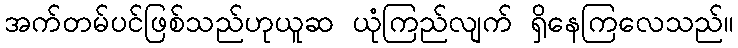
အက်တမ်ပင်ဖြစ်သည်ဟုယူဆ ယုံကြည်လျက် ရှိနေကြလေသည်။